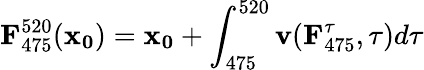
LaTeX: \mathbf{F}_{475}^{520}(\mathbf{x_{0}})=\mathbf{x_{0}}+\int_{475}^{520}\mathbf{v}(\mathbf{F}_{475}^{\tau},\tau)d\tau